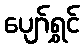
ပျော်ရွှင်